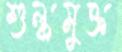
শুল্কমুক্ত